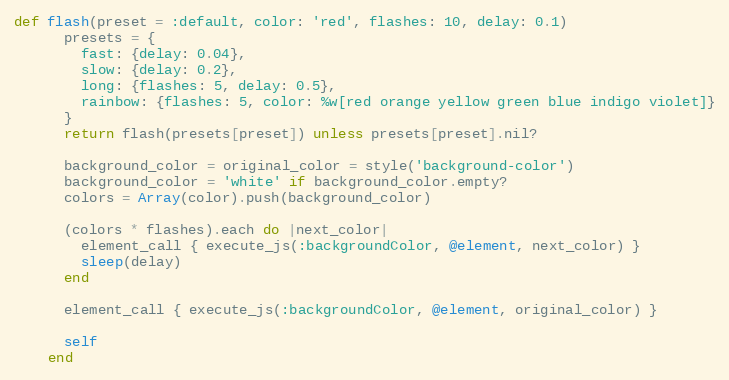
Language: Ruby
def flash(preset = :default, color: 'red', flashes: 10, delay: 0.1)
      presets = {
        fast: {delay: 0.04},
        slow: {delay: 0.2},
        long: {flashes: 5, delay: 0.5},
        rainbow: {flashes: 5, color: %w[red orange yellow green blue indigo violet]}
      }
      return flash(presets[preset]) unless presets[preset].nil?

      background_color = original_color = style('background-color')
      background_color = 'white' if background_color.empty?
      colors = Array(color).push(background_color)

      (colors * flashes).each do |next_color|
        element_call { execute_js(:backgroundColor, @element, next_color) }
        sleep(delay)
      end

      element_call { execute_js(:backgroundColor, @element, original_color) }

      self
    end